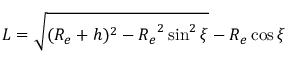
L = \sqrt { ( R _ { e } + h ) ^ { 2 } - { R _ { e } } ^ { 2 } \sin ^ { 2 } \xi } - R _ { e } \cos \xi